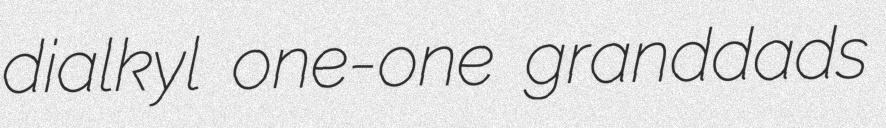
dialkyl one-one granddads